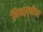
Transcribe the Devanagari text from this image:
भिक्षावृत्तीवर